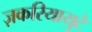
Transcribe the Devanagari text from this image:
ज़करियायुटे